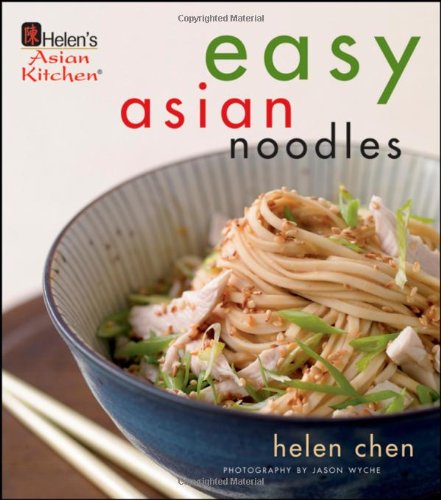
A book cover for Easy Asian Noodles; Helen Chen; Cookbooks, Food & Wine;